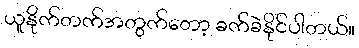
ယူနိုက်တက်အတွက်တော့ ခက်ခဲနိုင်ပါတယ်။